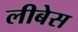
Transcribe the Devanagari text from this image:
लीबेस